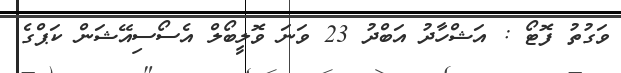
ވަގުތު ފޮޓޯ : އަޝްހާދު އަބްދު 23 ވަނަ ވޮލީބޯލް އެސޯސިއޭޝަން ކަޕްގެ